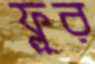
ফ্লুর